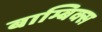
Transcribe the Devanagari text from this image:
बाम्बिक्स